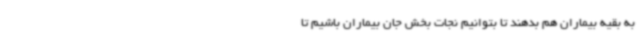
به بقیه بیماران هم بدهند تا بتوانیم نجات بخش جان بیماران باشیم تا